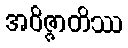
အဝိဇ္ဇာတိဿ